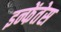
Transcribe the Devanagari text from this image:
इन्फेंतेस